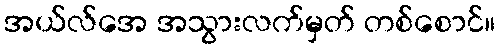
အယ်လ်အေ အသွားလက်မှတ် တစ်စောင်။